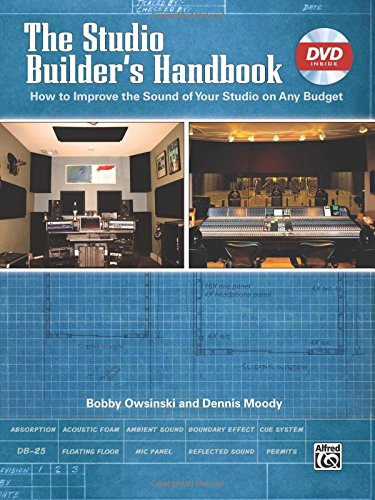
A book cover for The Studio Builder's Handbook (Book & DVD); Bobby Owsinski; Arts & Photography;